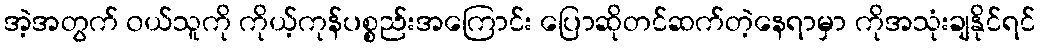
အဲ့အတွက် ၀ယ်သူကို ကိုယ့်ကုန်ပစ္စည်းအကြောင်း ပြောဆိုတင်ဆက်တဲ့နေရာမှာ ကိုအသုံးချနိုင်ရင်